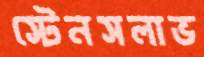
স্টেনসলাভ